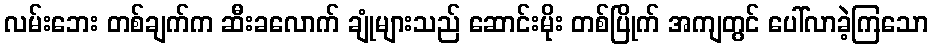
လမ်းဘေး တစ်ချက်က ဆီးခလောက် ချုံများသည် ဆောင်းမိုး တစ်ပြိုက် အကျတွင် ပေါ်လာခဲ့ကြသော